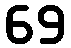
69